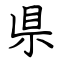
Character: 県